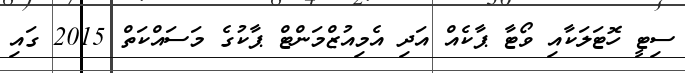
ސިޓީ ހޮޓަލަކާއި ވޯޓާ ޕާކެއް އަދި އެމިއުޒްމަންޓް ޕާކުގެ މަސައްކަތް 2015 ގައި